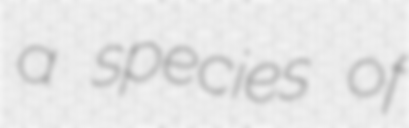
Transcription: a species of